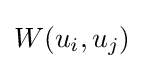
W(u_{i},u_{j})